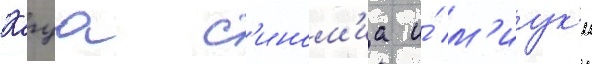
Кагуа с'ином'иа и́ м'иук'и